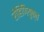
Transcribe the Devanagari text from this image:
रोहिणियुक्त